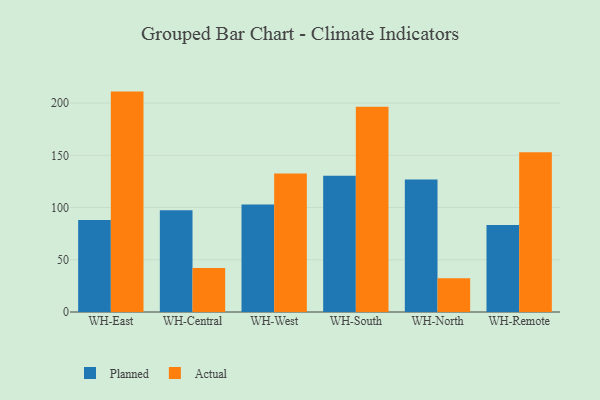
{"axis": {"x": "Warehouse", "y": "Website Visitors"}, "legend": ["Actual", "Planned"], "data": [{"x": "WH-East", "y": 88.0, "type": "Planned"}, {"x": "WH-East", "y": 211.0, "type": "Actual"}, {"x": "WH-Central", "y": 97.3, "type": "Planned"}, {"x": "WH-Central", "y": 42.1, "type": "Actual"}, {"x": "WH-West", "y": 102.9, "type": "Planned"}, {"x": "WH-West", "y": 132.7, "type": "Actual"}, {"x": "WH-South", "y": 130.5, "type": "Planned"}, {"x": "WH-South", "y": 196.5, "type": "Actual"}, {"x": "WH-North", "y": 126.9, "type": "Planned"}, {"x": "WH-North", "y": 32.4, "type": "Actual"}, {"x": "WH-Remote", "y": 83.3, "type": "Planned"}, {"x": "WH-Remote", "y": 152.9, "type": "Actual"}]}